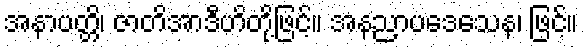
အနာပတ္တိ၊ ဇာတိအာဒီဟိတို့ဖြင့်။ အနညာပဒေသေန၊ ဖြင့်။